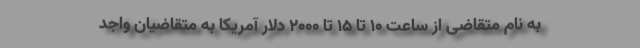
به نام متقاضی از ساعت ۱۰ تا ۱۵ تا ۲۰۰۰ دلار آمریکا به متقاضیان واجد